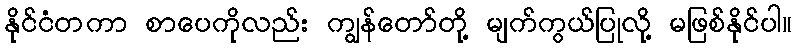
နိုင်ငံတကာ စာပေကိုလည်း ကျွန်တော်တို့ မျက်ကွယ်ပြုလို့ မဖြစ်နိုင်ပါ။